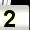
Digit: 2